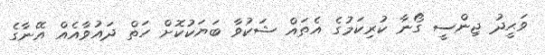
ވަޙީދު ޖިންސީ ގޯނާ ކުރިކަމުގެ އެތައް ޝަކުވާ ބަޔަކުކޮށް ހަތް ދައުވާއެއް އޭނާގެ